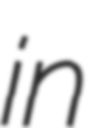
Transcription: in